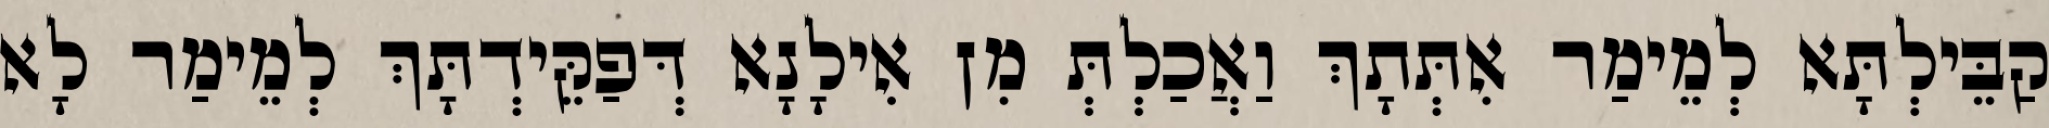
קַבֵּילְתָּא לְמֵימַר אִתְּתָךְ וַאֲכַלְתְּ מִן אִילָנָא דְּפַקֵּידְתָּךְ לְמֵימַר לָא